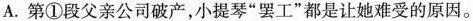
A.第①段父亲公司破产，小提琴“罢工”都是让她难受的原因。